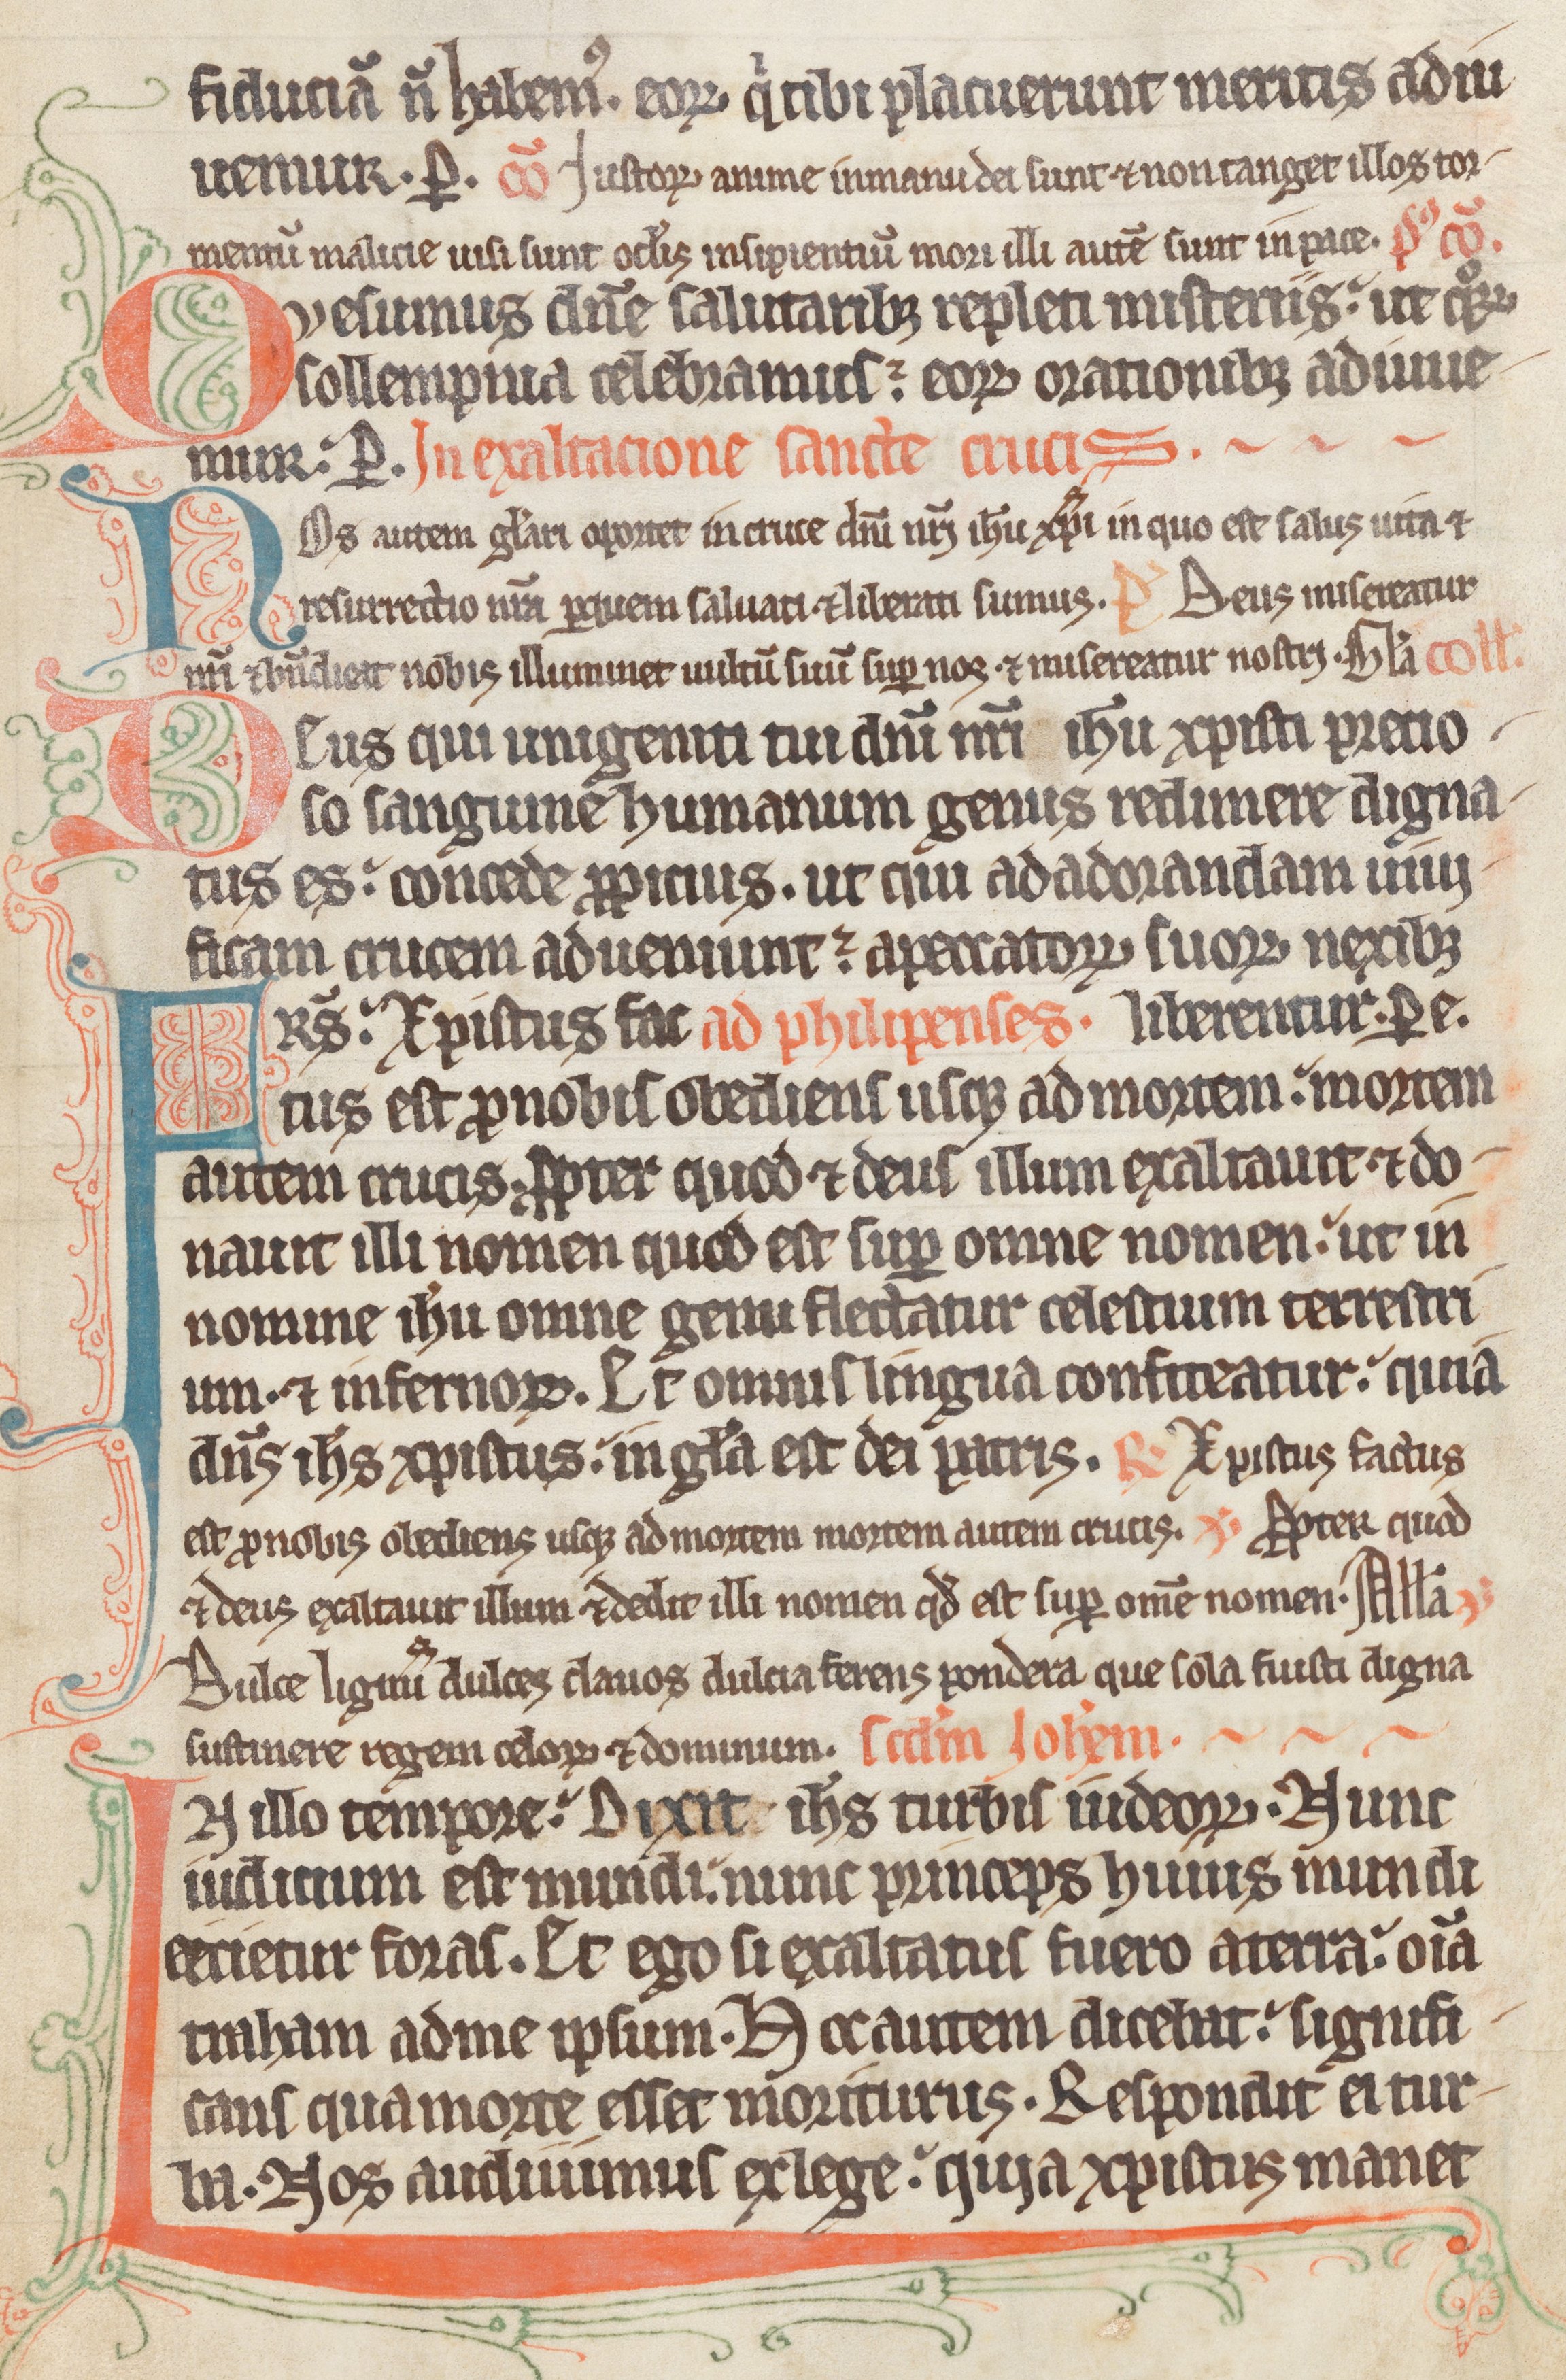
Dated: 1285–1315